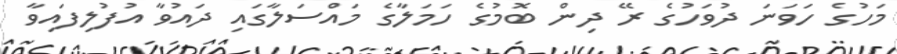
މަހުގެ ހަވަނަ ދުވަހުގެ ރޭ ދިން ބޮމުގެ ހަމަލާގެ މައްސަލާގައި ދައުވާ އުފުލިފައިވާ